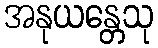
အနုယန္တေသု